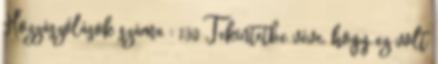
Hozzászólások száma : 130 Tekintetbe véve, hogy ez volt